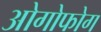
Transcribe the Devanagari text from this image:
ओगोफोग